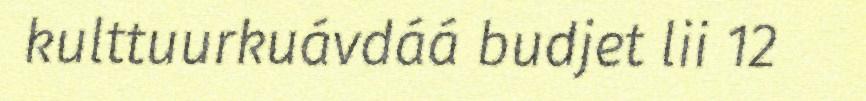
kulttuurkuávdáá budjet lii 12